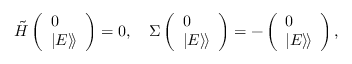
\begin{array} { r } { \tilde { H } \left( \begin{array} { l } { 0 } \\ { | E \rangle \! \rangle } \end{array} \right) = 0 , \quad \Sigma \left( \begin{array} { l } { 0 } \\ { | E \rangle \! \rangle } \end{array} \right) = - \left( \begin{array} { l } { 0 } \\ { | E \rangle \! \rangle } \end{array} \right) , } \end{array}